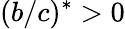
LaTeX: (b/c)^{*}>0